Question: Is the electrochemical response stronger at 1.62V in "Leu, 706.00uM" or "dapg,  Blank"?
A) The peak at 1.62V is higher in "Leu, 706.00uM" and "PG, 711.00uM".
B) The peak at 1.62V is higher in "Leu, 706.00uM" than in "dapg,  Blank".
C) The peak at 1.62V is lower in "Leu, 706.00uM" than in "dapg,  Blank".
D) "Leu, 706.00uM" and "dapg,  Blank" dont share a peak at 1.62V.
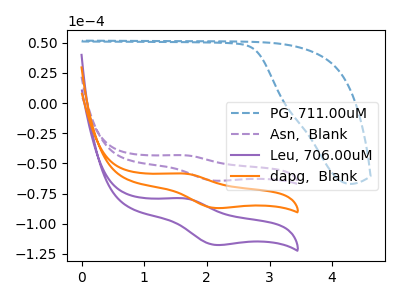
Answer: <think>The blue dashed curve "PG, 711.00uM" has no peaks. The purple dashed curve "Asn,  Blank" has an anodic peak at (1.60V, -43.15uA) and a cathodic peak at (2.15V, -64.25uA). The purple curve "Leu, 706.00uM" has an anodic peak at (1.60V, -116.60uA) and a cathodic peak at (2.15V, -173.75uA). The orange curve "dapg,  Blank" has an anodic peak at (1.60V, -58.30uA) and a cathodic peak at (2.15V, -86.90uA).</think>
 <answer>C) The peak at 1.62V is lower in "Leu, 706.00uM" than in "dapg,  Blank".</answer>
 <eval>C</eval>